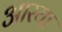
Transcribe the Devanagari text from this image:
आरया